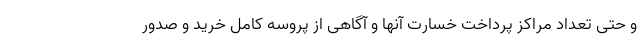
و حتی تعداد مراکز پرداخت خسارت آنها و آگاهی از پروسه کامل خرید و صدور